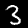
Digit: 3